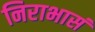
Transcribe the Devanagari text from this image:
निराभासं